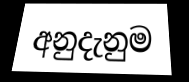
අනුදැනුම